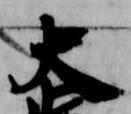
大